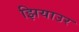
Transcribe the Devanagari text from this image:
झियाउर